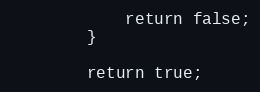
Language: PHP
            return false;
        }

        return true;